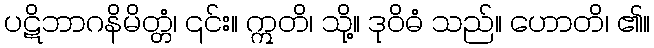
ပဋိဘာဂနိမိတ္တံ၊ ၎င်း။ ဣတိ၊ သို့။ ဒုဝိဓံ သည်။ ဟောတိ၊ ၏။